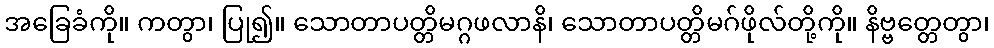
အခြေခံကို။ ကတွာ၊ ပြု၍။ သောတာပတ္တိမဂ္ဂဖလာနိ၊ သောတာပတ္တိမဂ်ဖိုလ်တို့ကို။ နိဗ္ဗတ္တေတွာ၊